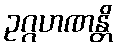
ဥဂ္ဂဟဏန္တိ